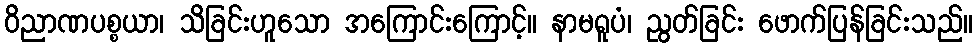
ဝိညာဏပစ္စယာ၊ သိခြင်းဟူသော အကြောင်းကြောင့်။ နာမရူပံ၊ ညွတ်ခြင်း ဖောက်ပြန်ခြင်းသည်။